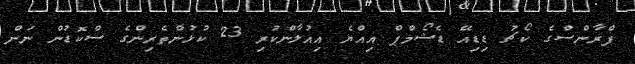
ފްރާންސްގެ ކޯޗު ޑިޑިއޭ ޑެޝޯމްޕް އިއްޔެ އިއުލާންކުރި 23 ކުޅުންތެރިންގެ ސްކޮޑުން ނަން